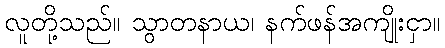
လူတို့သည်။ သွာတနာယ၊ နက်ဖန်အကျိုးငှာ။